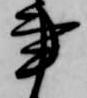
事